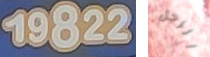
19822 الرجل